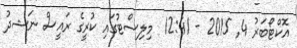
އޮކްޓޯބަރު 4